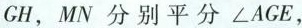
GH，MN 分别平分∠AGE，